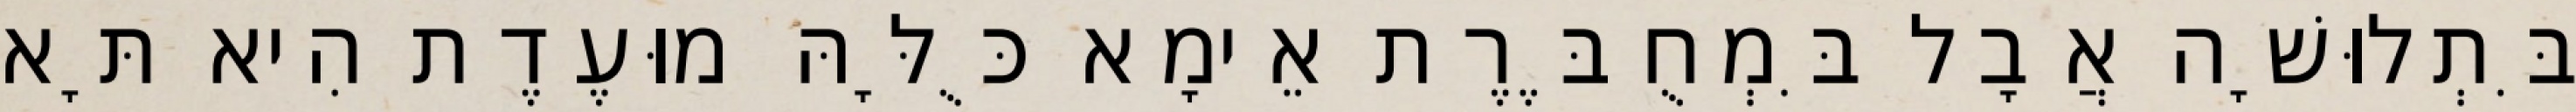
בִּתְלוּשָׁה אֲבָל בִּמְחֻבֶּרֶת אֵימָא כֻּלָּהּ מוּעֶדֶת הִיא תָּא